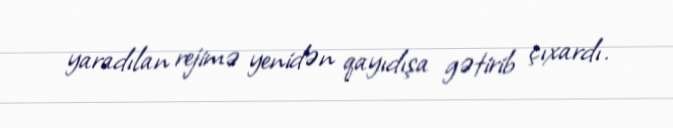
yaradılan rejimə yenidən qayıdışa gətirib çıxardı.